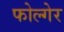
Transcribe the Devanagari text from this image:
फोल्गेर